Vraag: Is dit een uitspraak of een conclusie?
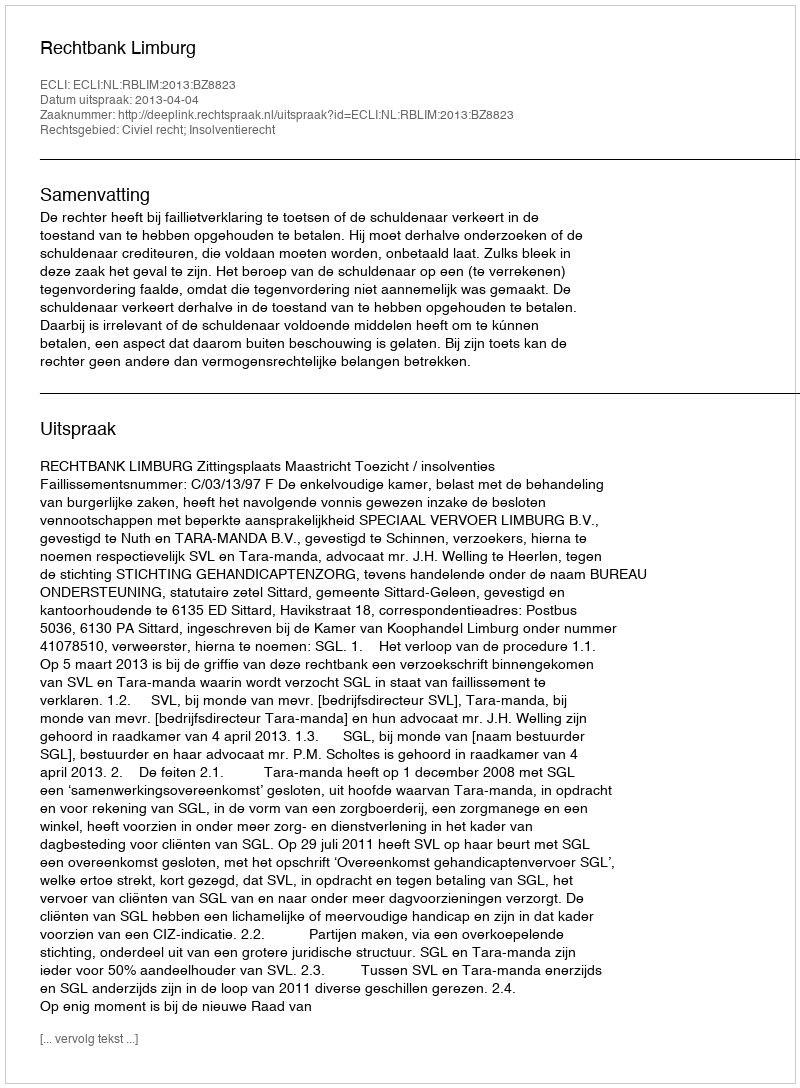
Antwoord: Uitspraak